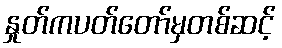
နှုတ်ကပတ်တော်မှတစ်ဆင့်